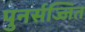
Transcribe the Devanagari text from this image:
पुनर्सज्जित